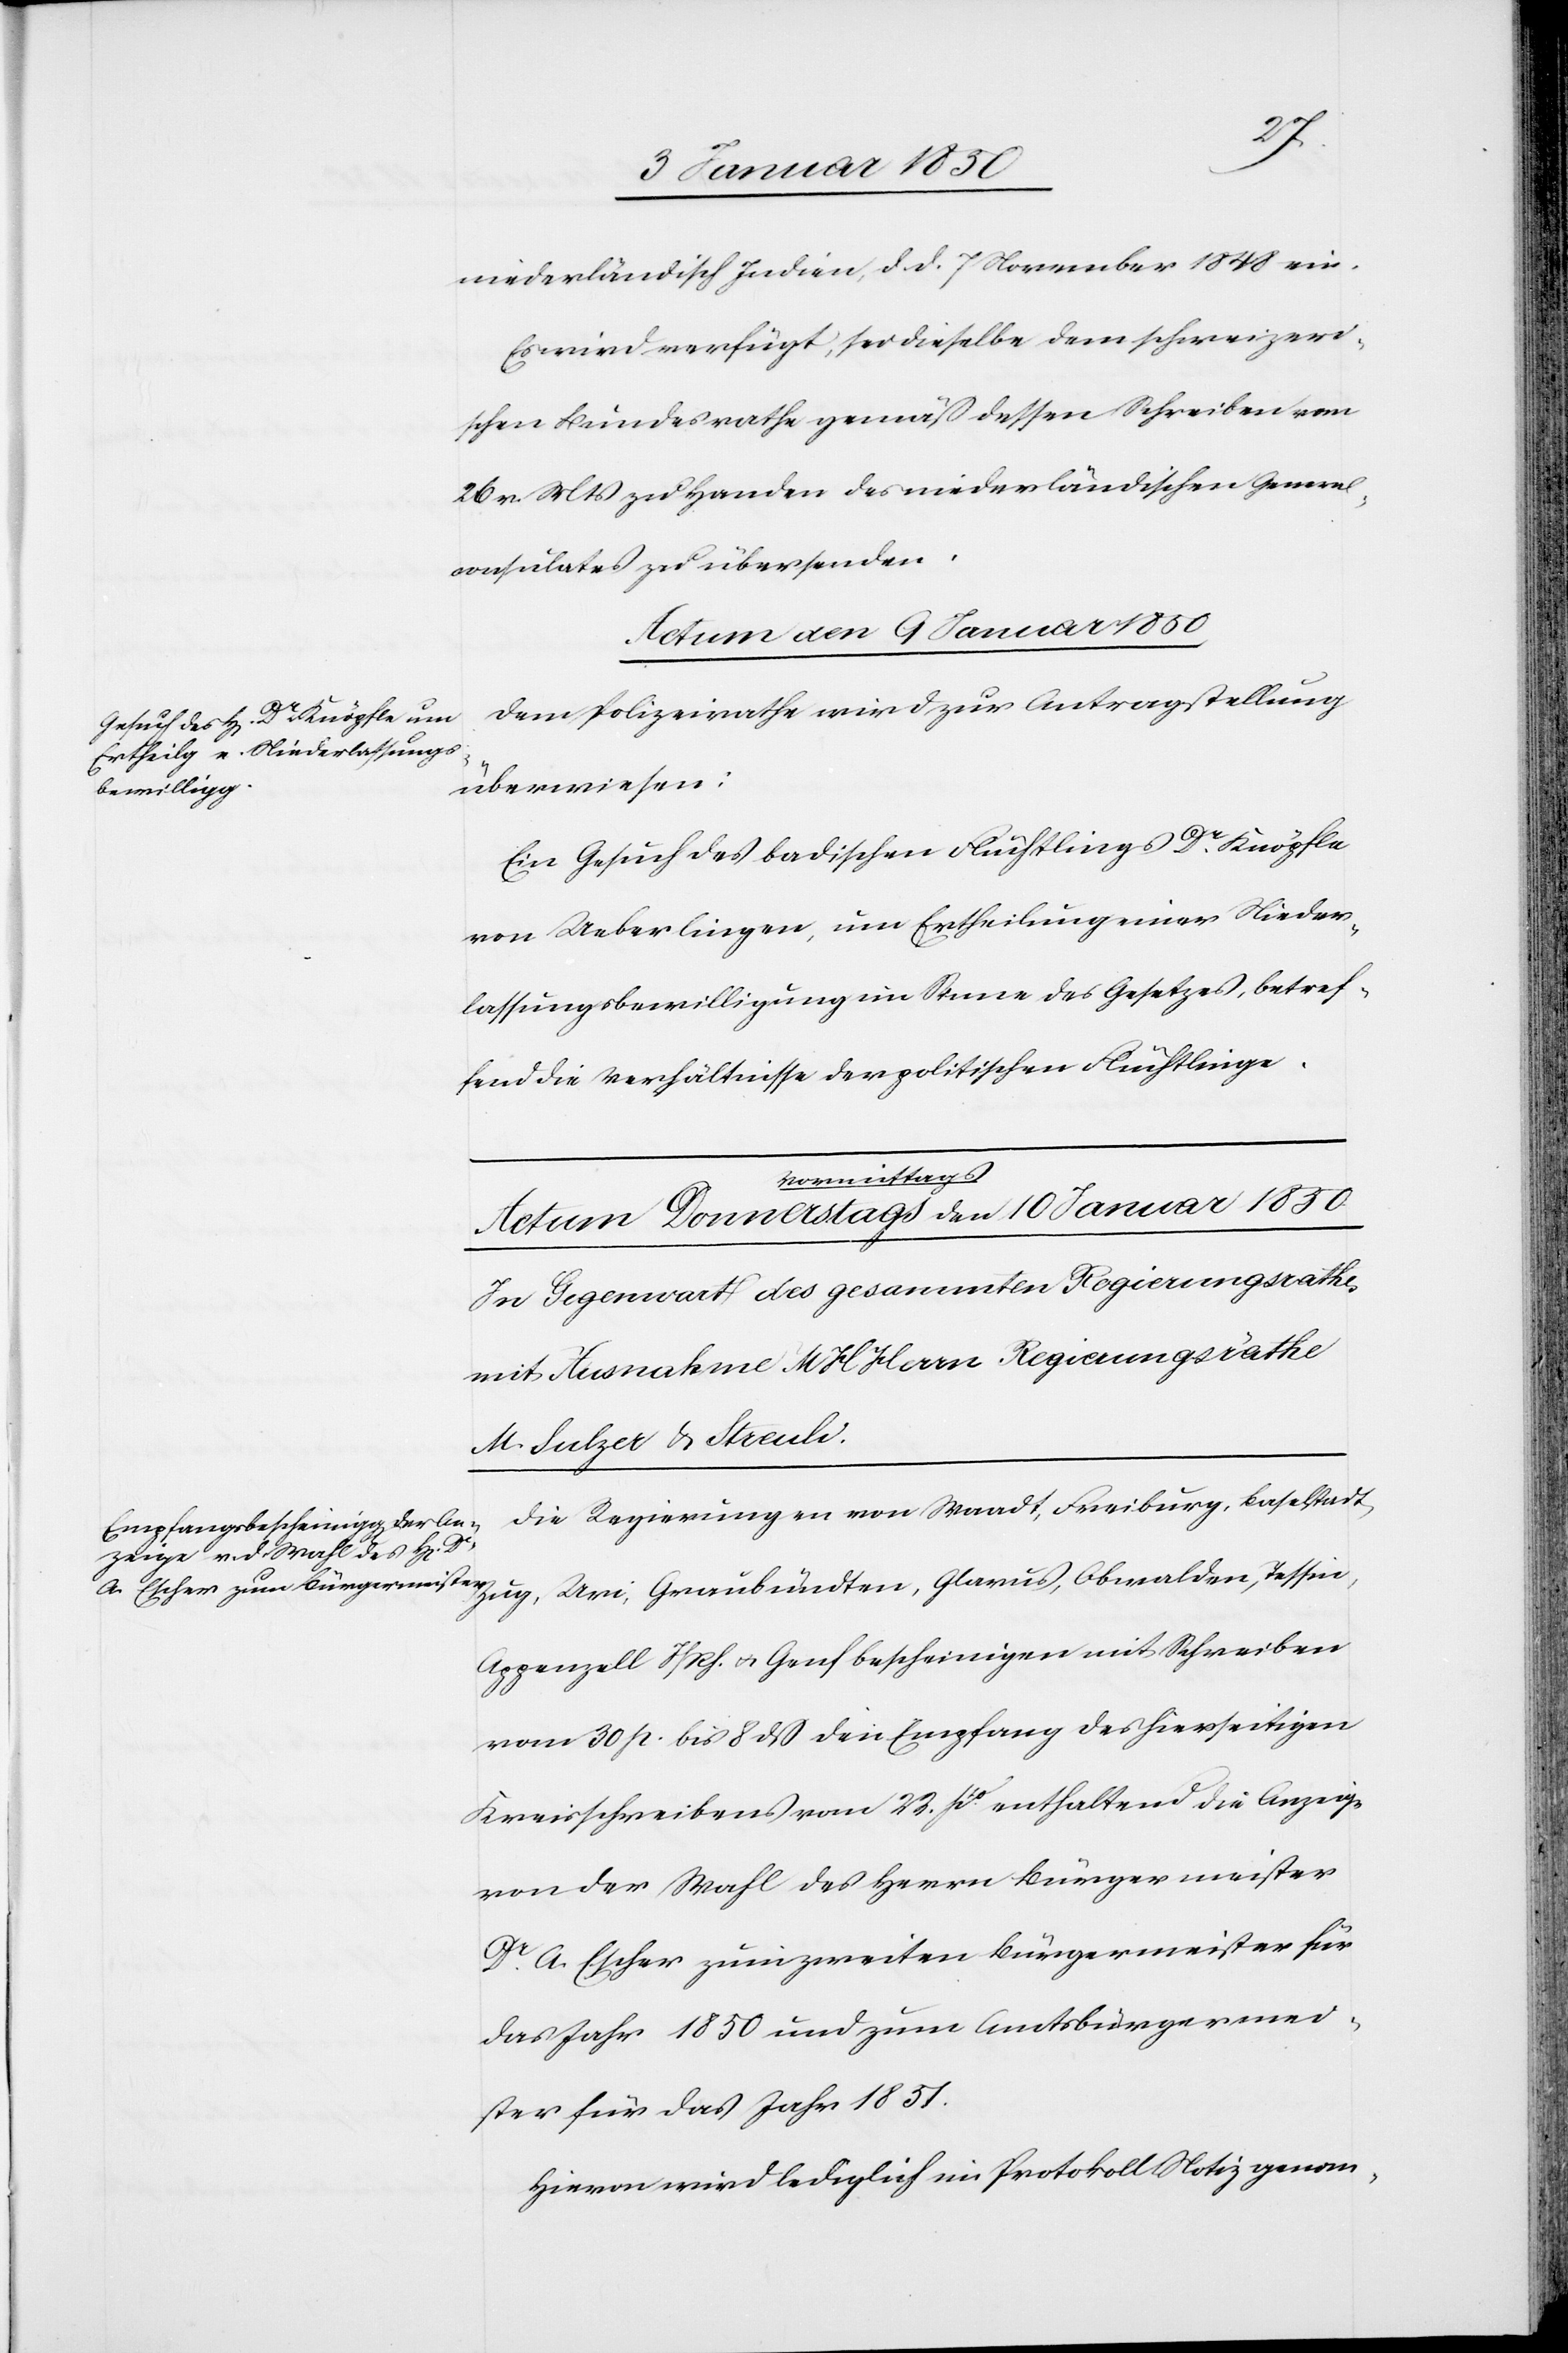
niederländisch Indien, d. d. 7 November 1848 ein.
Es wird verfügt, sei dieselbe dem schweizeri¬
schen Bundesrathe gemäss dessen Schreiben vom
26 v. Mts zu Handen des niederländischen General¬
consulates zu übersenden.
Actum den 9 Januar 1850
Dem Polizeirathe wird zur Antragstellung
überwiesen:
Ein Gesuch des badischen Flüchtlings Dr Knöpfle
von Ueberlingen, um Ertheilung einer Nieder¬
lassungsbewilligung im Sinne des Gesetzes, betref¬
fend die Verhältnisse der politischen Flüchtlinge.
Die Regierungen von Waadt, Freiburg, Baselstadt,
Appenzell I./Rh. u. Genf bescheinigen mit Schreiben
vom 30 p. bis 8 dß den Empfang des hierseitigen
Kreisschreibens vom 22. pto enthaltend die Anzeige
von der Wahl des Herrn Bürgermeister
Dr. A. Escher zum zweiten Bürgermeister für
das Jahr 1850 und zum Amtsbürgermei¬
ster für das Jahr 1851.
Hievon wird lediglich im Protokoll Notiz genom-